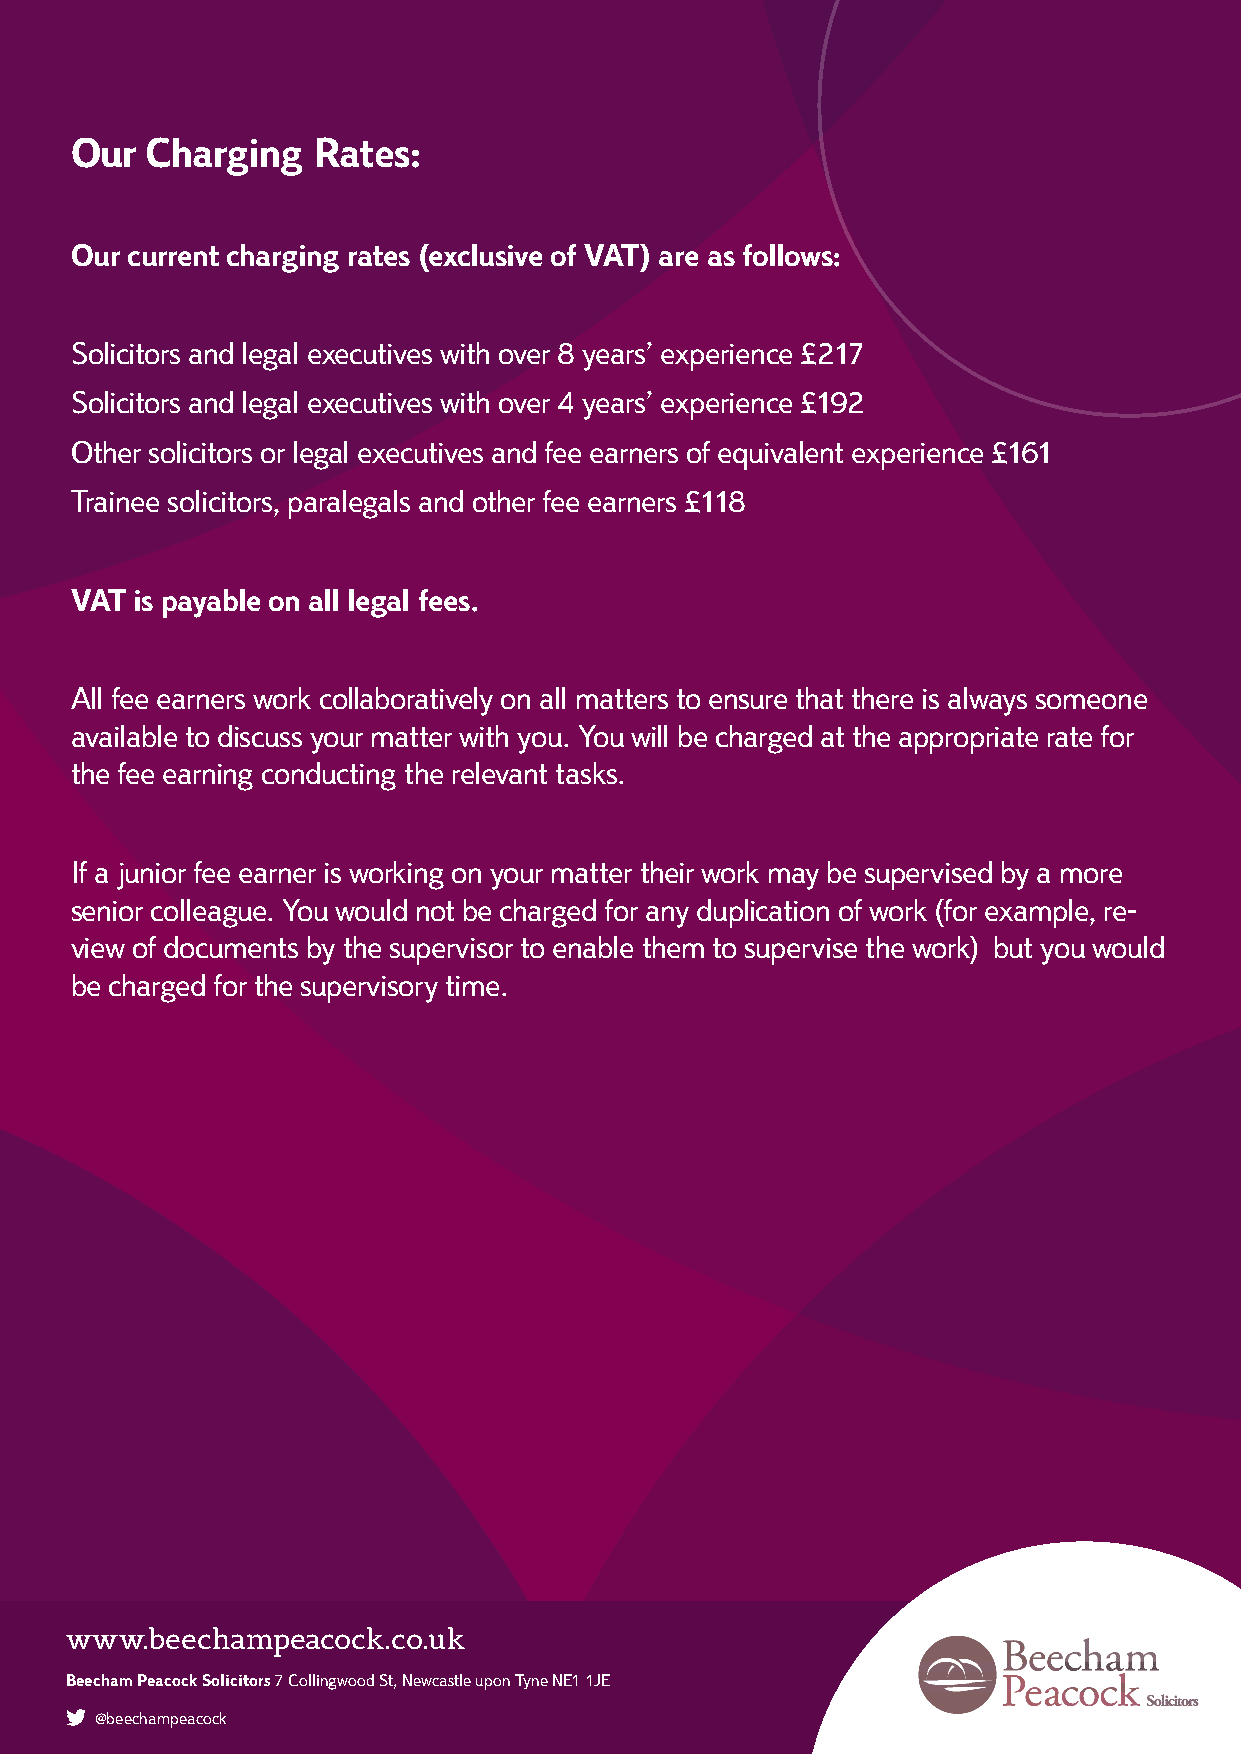
Our  Charging   Rates:
 Our current charging rates (exclusive of VAT) are as follows:
 Solicitors and legal executives with over 8 years’ experience £217
 Solicitors and legal executives with over 4 years’ experience £192
 Other solicitors or legal executives and fee earners of equivalent experience £161
 Trainee solicitors, paralegals and other fee earners £118
 VAT is payable on all legal fees.
 All fee earners work collaboratively on all matters to ensure that there is always someone
 available to discuss your matter with you. You will be charged at the appropriate rate for
 the fee earning conducting the relevant tasks.
 If a junior fee earner is working on your matter their work may be supervised by a more
 senior colleague. You would not be charged for any duplication of work (for example, re-
 view of documents by the supervisor to enable them to supervise the work) but you would
 be charged for the supervisory time.
 www.beechampeacock.co.uk
 Beecham Peacock Solicitors 7 Collingwood St, Newcastle upon Tyne NE1 1JE
 @beechampeacock